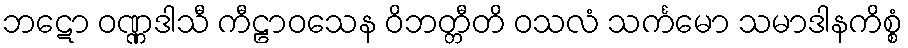
ဘဋော ဝဏ္ဏဒါသီ ကီဠာဝသေန ဝိဘတ္တီတိ ဝသလံ သင်္ကမော သမာဒါနကိစ္စံ